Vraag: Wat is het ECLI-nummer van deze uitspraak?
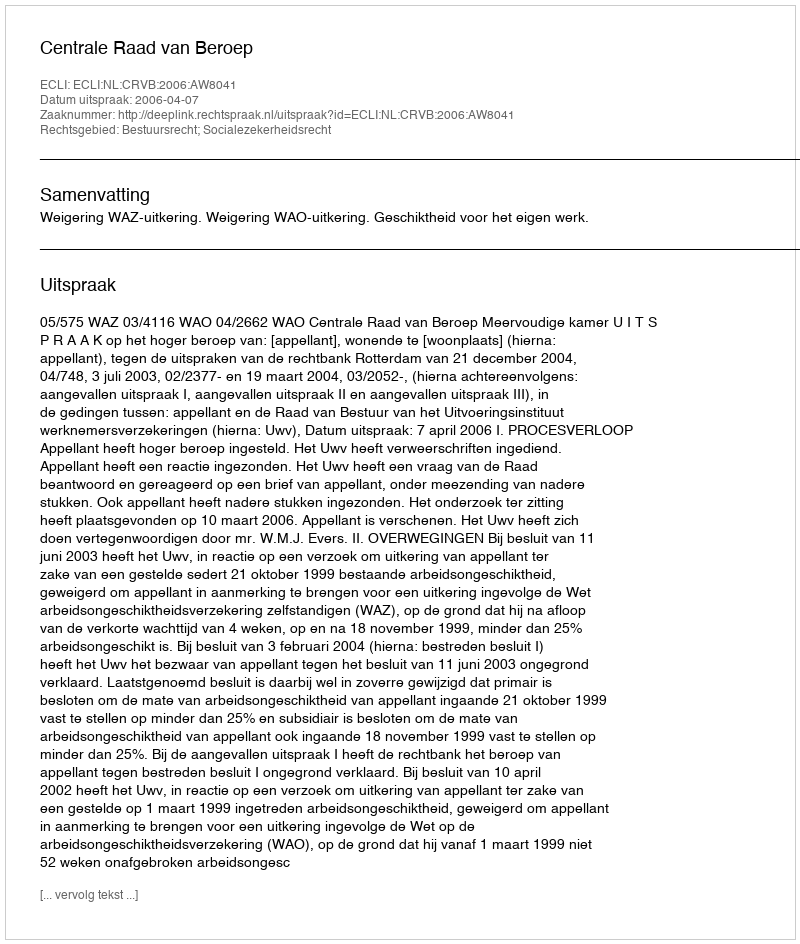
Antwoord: ECLI:NL:CRVB:2006:AW8041